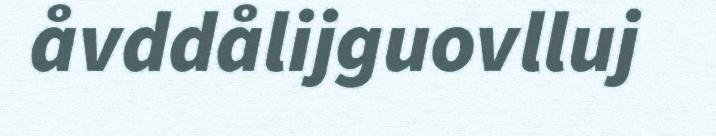
åvddålijguovlluj